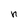
Character: n